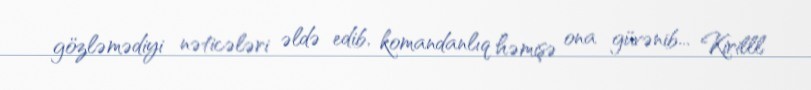
gözləmədiyi nəticələri əldə edib, komandanlıq həmişə ona güvənib... Kirilll